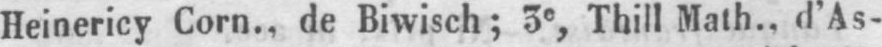
Heinericy Corn., de Biwisch; 3e Thill Math.. d’As-